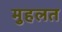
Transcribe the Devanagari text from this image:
मुहलत